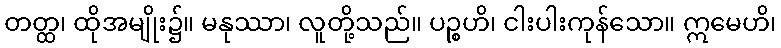
တတ္ထ၊ ထိုအမျိုး၌။ မနုဿာ၊ လူတို့သည်။ ပဉ္စဟိ၊ ငါးပါးကုန်သော။ ဣမေဟိ၊